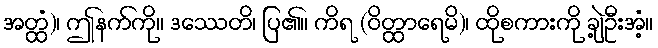
အတ္ထံ)၊ ဤနက်ကို။ ဒဿေတိ၊ ပြ၏။ ကိရ (ဝိတ္ထာရေမိ)၊ ထိုစကားကို ချဲ့ဦးအံ့။